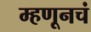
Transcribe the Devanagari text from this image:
म्हणूनचं